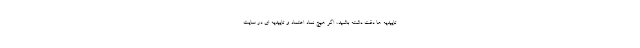
تاییدیه ها دقت داشته باشید، اگر هیچ نماد اعتماد و تاییدیه ای در سایت